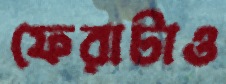
ফেরাটাও